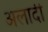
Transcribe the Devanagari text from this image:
अलादी